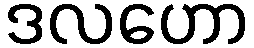
ဒလဟော